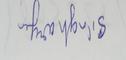
Signature authenticity: forged